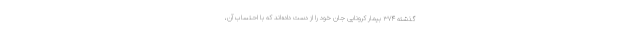
گذشته ۳۷۴ بیمار کرونایی جان خود را از دست داده‌اند ‌که با احتساب آن،